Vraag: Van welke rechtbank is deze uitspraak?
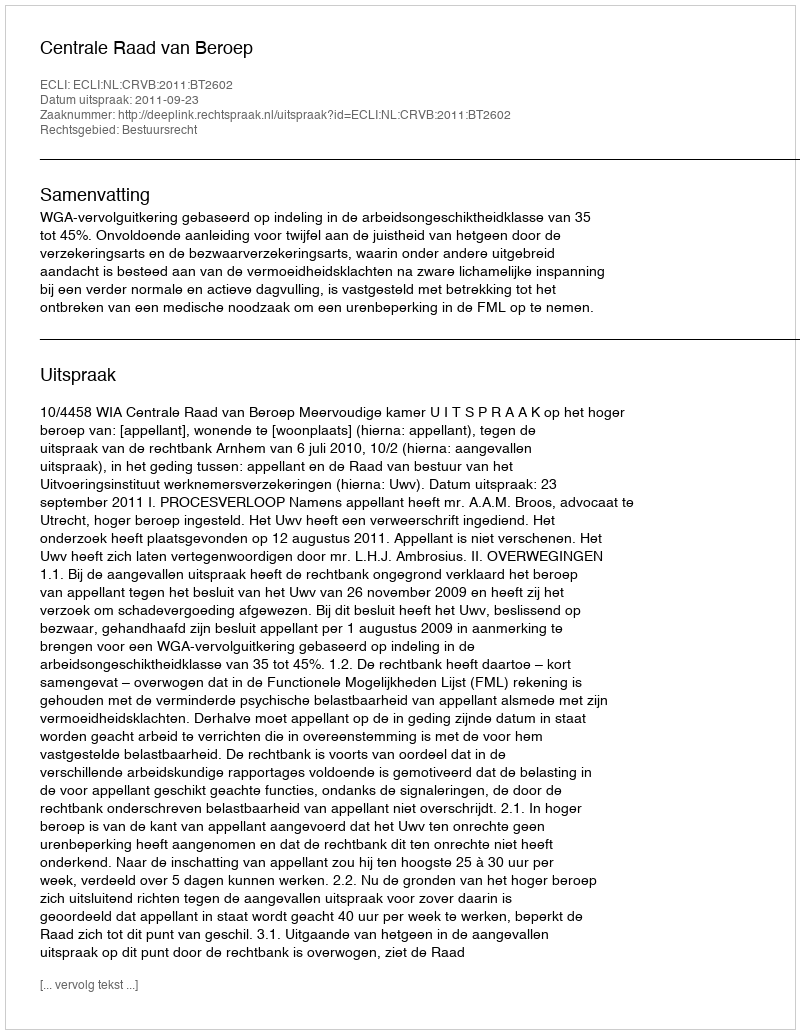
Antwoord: Centrale Raad van Beroep